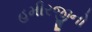
હમીરજીનો